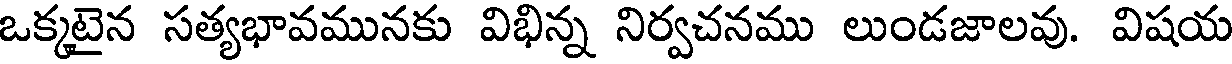
ఒక్కటైన సత్యభావమునకు విభిన్న నిర్వచనము లుండజాలవు. విషయ